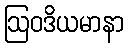
ဩဝဒိယမာနာ